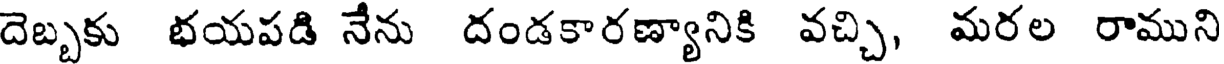
దెబ్బకు భయపడి నేను దండకారణ్యానికి వచ్చి, మరల రాముని